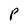
Character: P